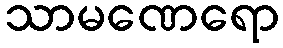
သာမဏေရော